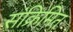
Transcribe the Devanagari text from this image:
संक्रिमित